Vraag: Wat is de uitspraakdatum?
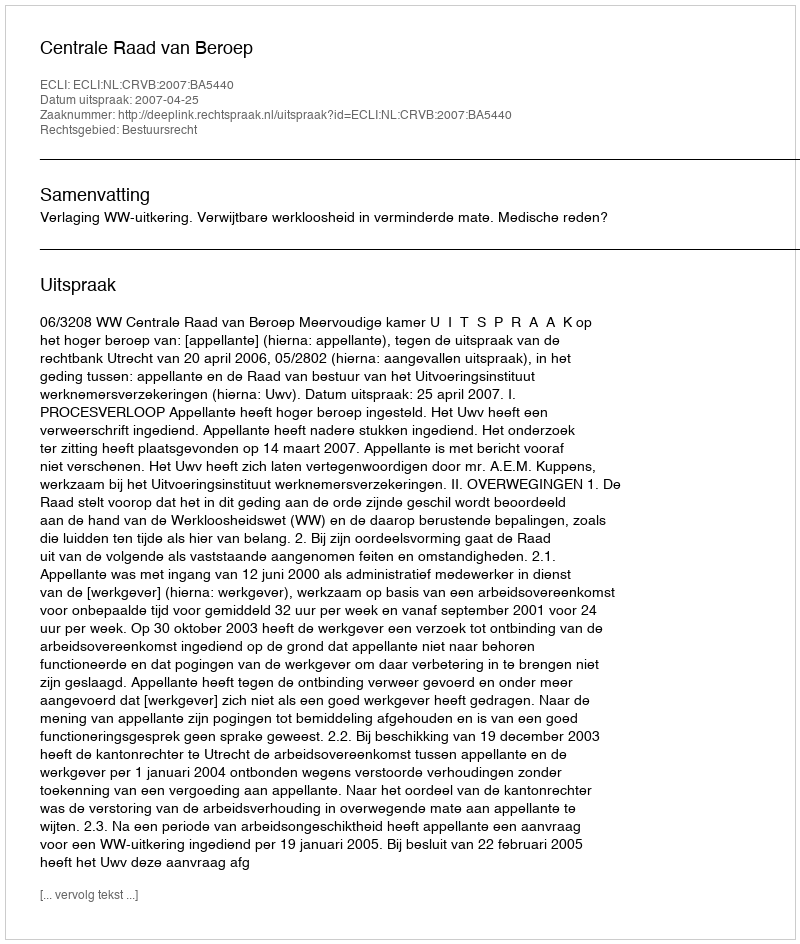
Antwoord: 2007-04-25